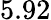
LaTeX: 5.92